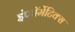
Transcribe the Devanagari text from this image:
इंफॉर्मेटिक्स